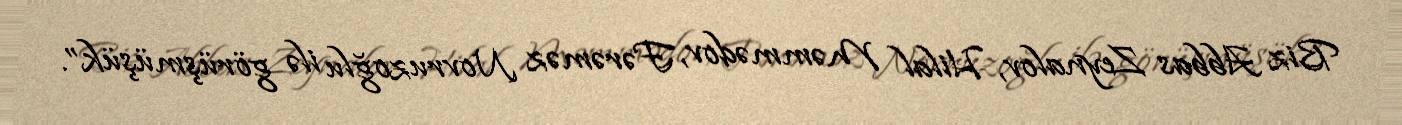
Biz Abbas Zeynalov, Hilal Məmmədov, Fərəməz Novruzoğlu ilə görüşmüşük”.